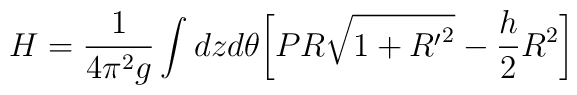
H=\frac{1}{4\pi^2 g}\int dz d\theta \bigg[PR\sqrt{1+{R^{\prime}}^2}-\frac{h}{2}R^2\bigg]